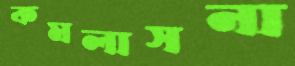
কমলাসনা